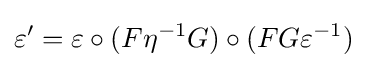
\varepsilon '=\varepsilon \circ (F\eta ^{-1}G)\circ (FG\varepsilon ^{-1})